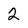
Character: 2